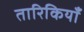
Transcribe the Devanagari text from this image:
तारिकियाँ